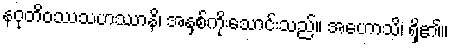
နဝုတိဝဿသဟဿာနိ၊ အနှစ်ကိုးသောင်းသည်။ အဟောသိ၊ ရှိ၏။